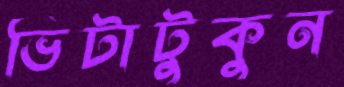
ভিটাটুকুন